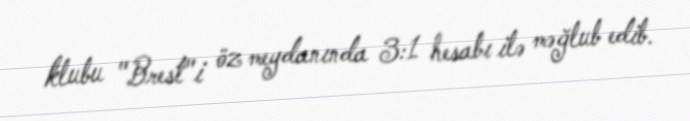
klubu "Brest"i öz meydanında 3:1 hesabı ilə məğlub edib.